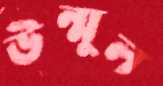
উন্মূল